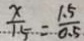
\frac { x } { 1 5 } = \frac { 1 . 5 } { 0 . 5 }